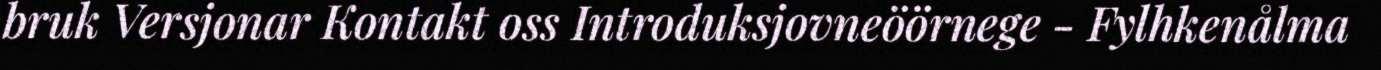
bruk Versjonar Kontakt oss Introduksjovneöörnege - Fylhkenålma